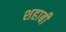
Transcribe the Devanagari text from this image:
शहाबी